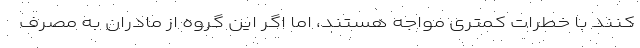
کنند با خطرات کمتری مواجه هستند، اما اگر این گروه از مادران به مصرف